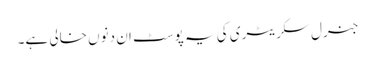
جنرل سکریٹری کی یہ پوسٹ ان دنوں خالی ہے۔